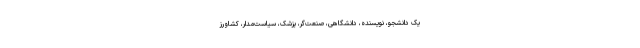
یک دانشجو، نویسنده، دانشگاهی، صنعت­‌گر، پزشک، سیاست­‌مدار، کشاورز